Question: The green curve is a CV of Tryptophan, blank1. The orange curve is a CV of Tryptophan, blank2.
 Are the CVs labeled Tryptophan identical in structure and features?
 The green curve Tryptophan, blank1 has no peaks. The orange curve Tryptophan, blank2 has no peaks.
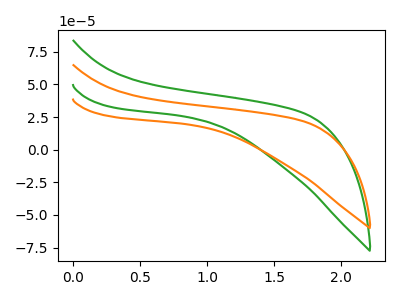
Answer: <think>Neither "Tryptophan, blank1" or "Tryptophan, blank2" have any peaks.
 </think>
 <answer>All the CV's of "Tryptophan" have similar shape.</answer>
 <eval>follow_rule</eval>